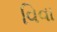
વિવા